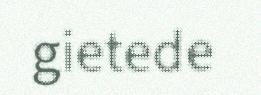
gietede